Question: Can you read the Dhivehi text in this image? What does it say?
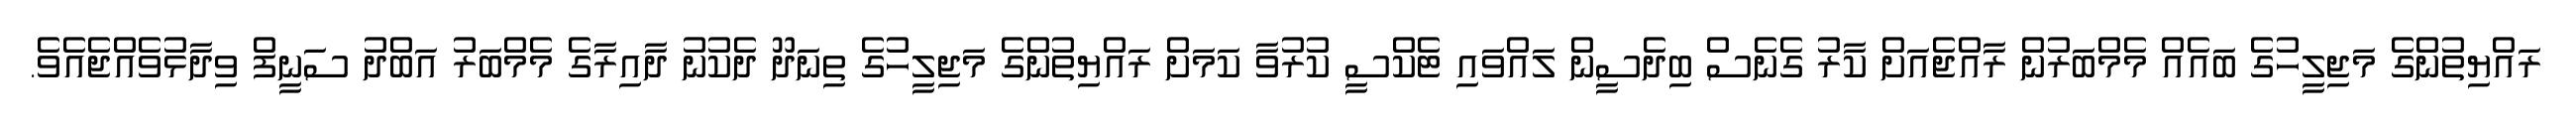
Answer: ރައްޔިތުންގެ މަޖިލީހުގެ ބައެއް މެމްބަރުން ރާއްޖެއަށް ކާރު ގެނެސް ބިދެސީން ލައްވައި ޓެކްސީ ކުރުވާ ކަމަށް ރައްޔިތުންގެ މަޖިލީހުގެ ތިނަދޫ ދެކުނު ދާއިރާގެ މެމްބަރު އަބްދު ސަނީފް ވިދާޅުވެއްޖެއެވެ.